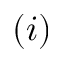
( i )